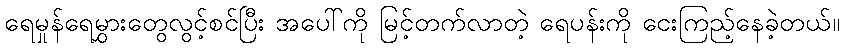
ရေမှုန်ရေမွှားတွေလွင့်စင်ပြီး အပေါ်ကို မြင့်တက်လာတဲ့ ရေပန်းကို ငေးကြည့်နေခဲ့တယ်။